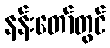
နန်းတော်တွင်